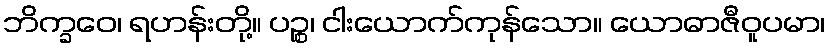
ဘိက္ခဝေ၊ ရဟန်းတို့။ ပဉ္စ၊ ငါးယောက်ကုန်သော။ ယောဓာဇီဝူပမာ၊